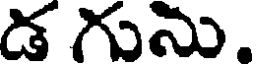
డ గును.